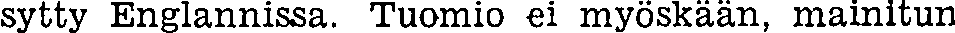
sytty Englannissa. Tuomio ei myöskään, mainitun